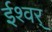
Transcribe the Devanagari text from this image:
ईश्वर्